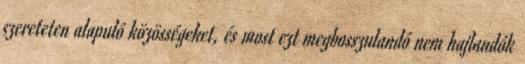
szereteten alapuló közösségeket, és most ezt megbosszulandó nem hajlandók